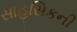
સાહસિકની